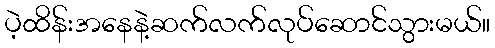
ပဲ့ထိန်းအနေနဲ့ဆက်လက်လုပ်ဆောင်သွားမယ်။